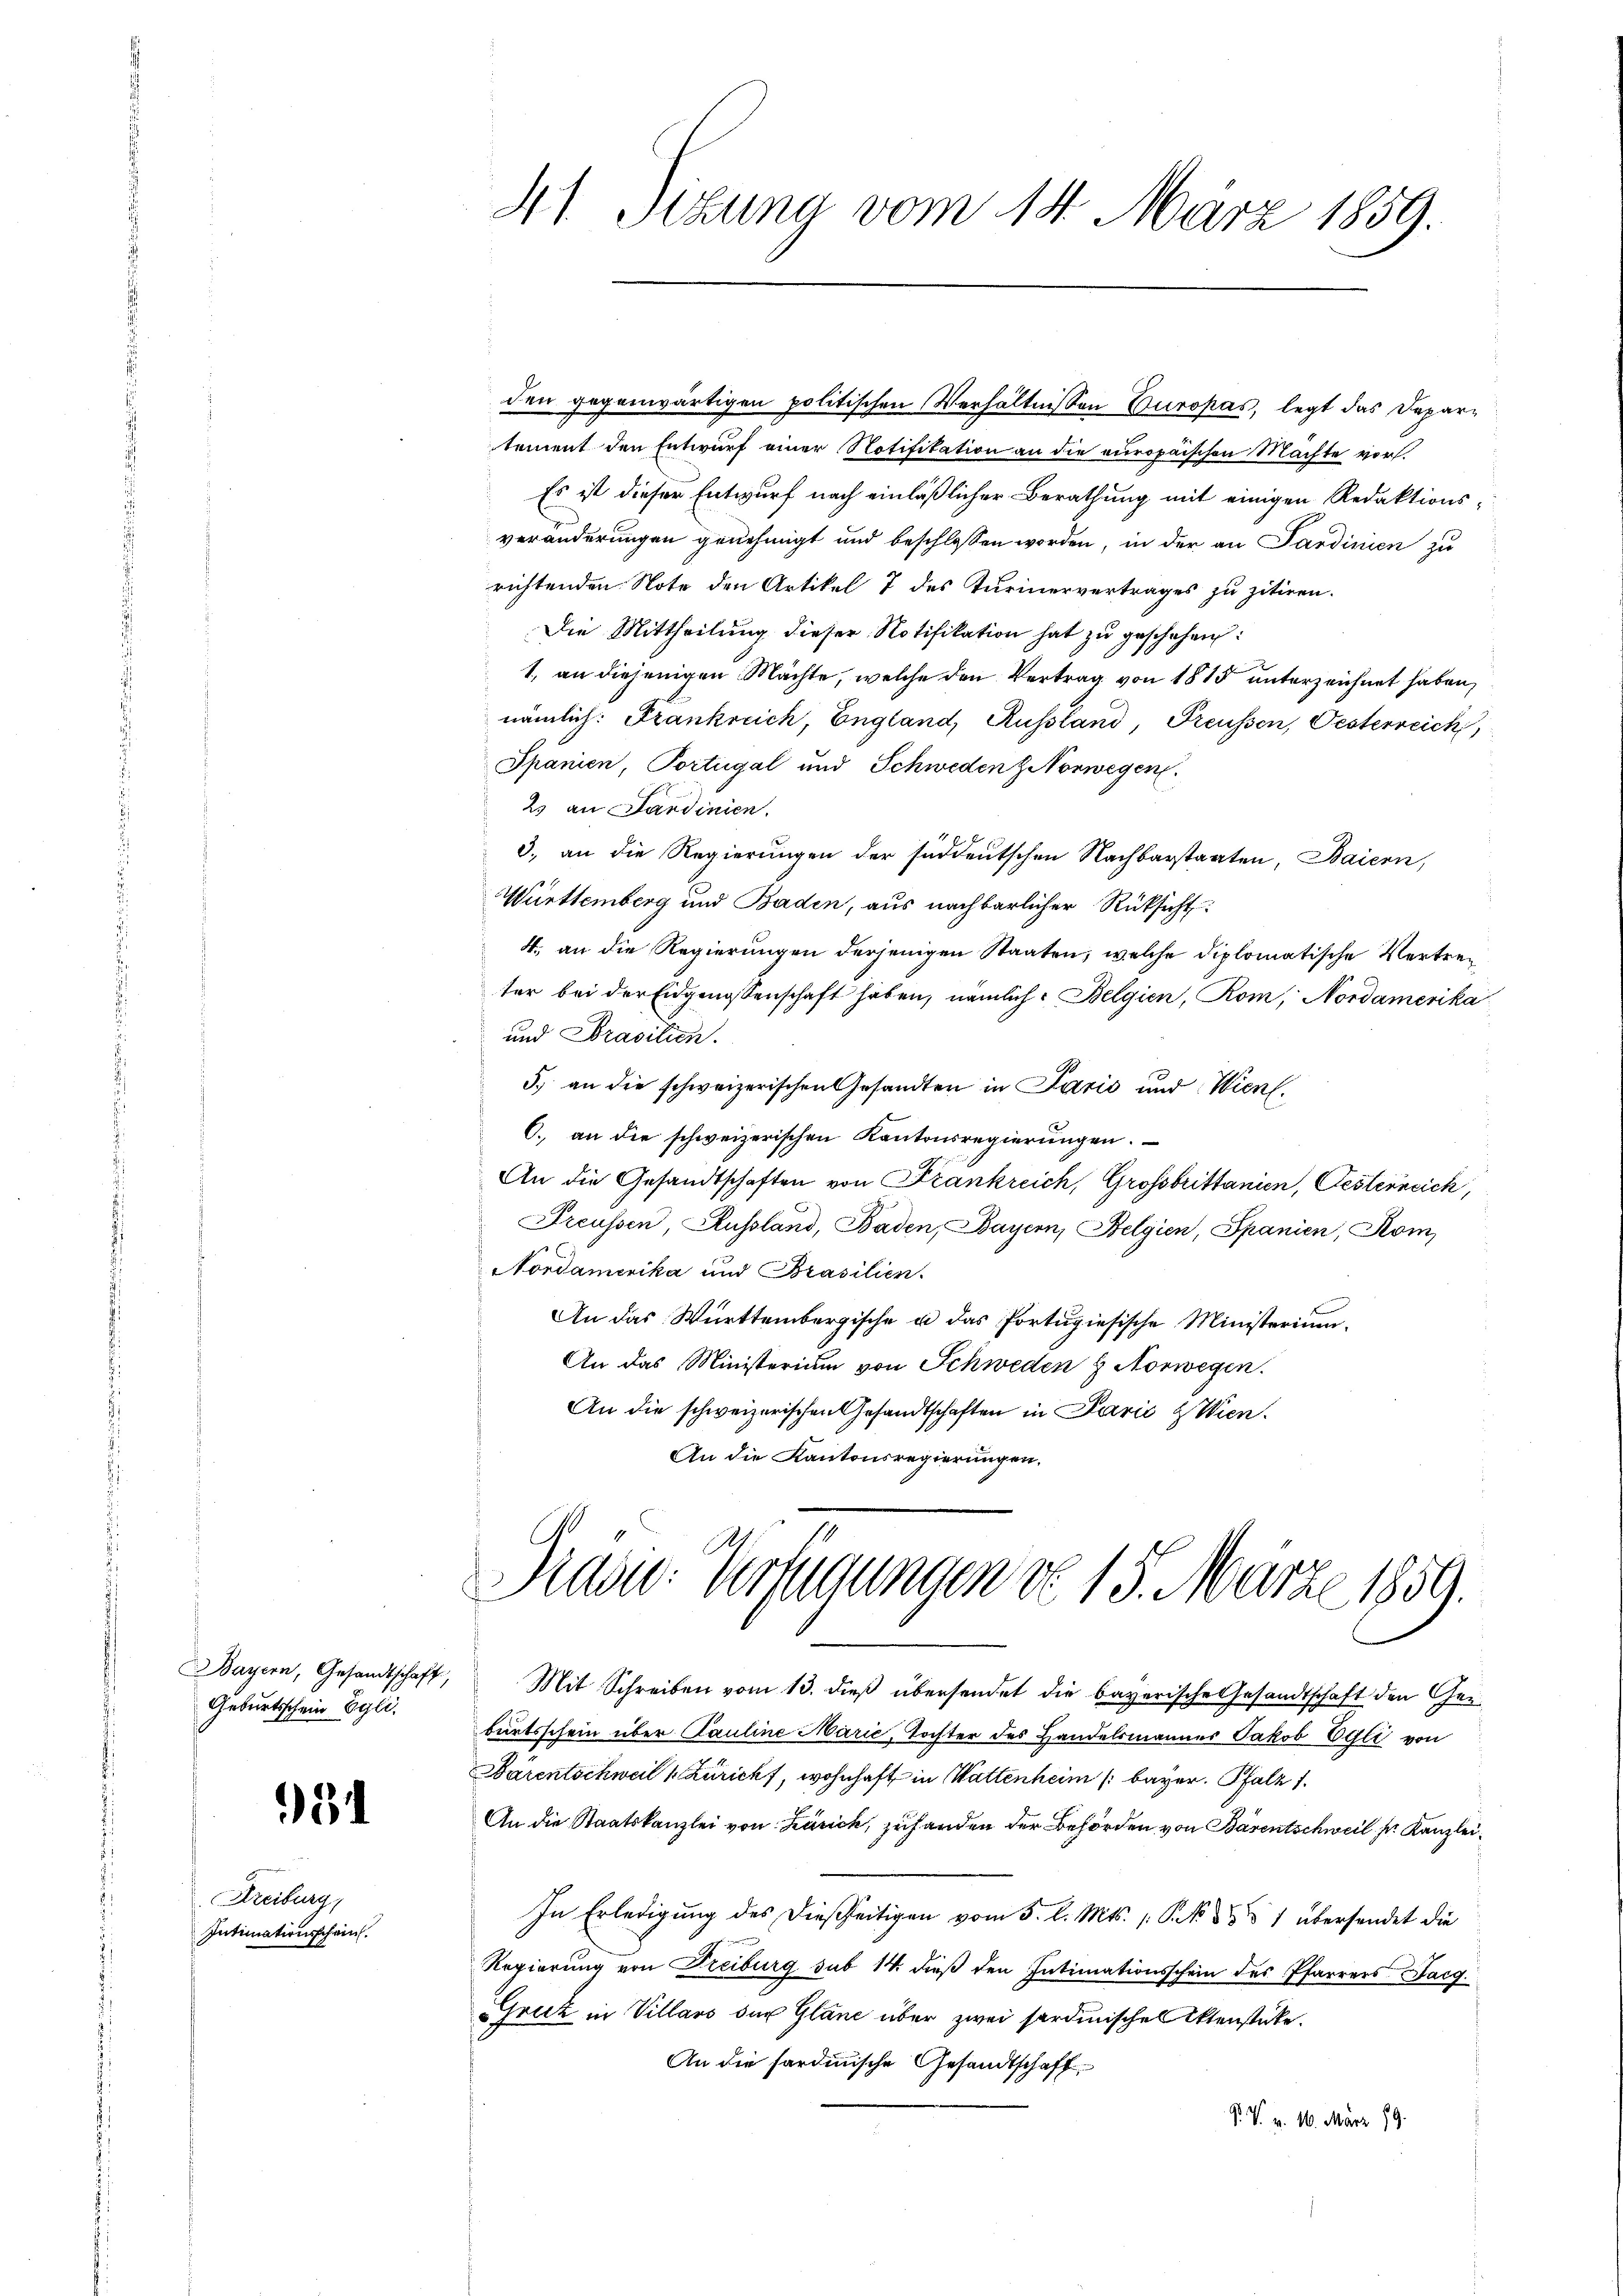
Geburtsschein Egli.

3

Freiburg,
Intimationsschein.

41. Setzung vom 14. März 1859.

den gegenwärtigen politischen Verhältnissen Europas, legt das Departement den Entwurf einer Notifikation an die europaischen Mächte vor.
Es ist dieser Entwurf nach einläßlicher Berathung mit einigen Redaktionsveränderungen genehmigt und beschlossen worden, in der an Sardinien zu
richtenden Note den Artikel 7 des Turinervertrages zu zitiren.
Die Mittheilung dieser Notifikation hat zu geschehen:
2
1. an diejenigen Mächte, welche den Vertrag von 1815 unterzeichnet haben,
nämlich: Frankreich, England, Russland, Preussen, Oesterreich
Spanien, Portugal und Schweden Norwegen.
2. an Sardinien.
3. an die Regierungen der süddeutschen Nachbarstaaten, Baiern,
Württemberg und Baden, aus nachbarlicher Rücksicht
4., an die Regierungen derjenigen Staaten, welche diplomatische Vertreter bei der Eidgenossenschaft haben, nämlich Belgien, Rom, Nordamerika
und Brasilien.
5) an die schweizerischen Gesandten in Paris und Wien.
C. an die schweizerischen Kantonsregierungen.
An die Gesandtschaften von Frankreich, Grossbrittanien, Festerneich,
Preussen, Russland, Baden, Bayern, Belgien, Spanien, Kom
Nordamerika und Brasilien.
An das Württembergische u das Portugiesische Ministerium.
An das Ministerium von Schweden 8. Norwegen.
An die schweizerischen Gesandtschaften in Parić & Wien.
An die Kantonsregierungen.

Pradw. Verfügungen d. 15. März 1859.

Bayern, Gesandtschaft, Mit Schreiben vom 13. dieβ übersendet die bayerische Gesandtschaft den Ger-
burtsschein über Pauline Marić, Tochter des Handelsmannes Jakob Egli von
Bärentschweil v. Züricht, wohnhaft in Wattenheim (Bayer. Pfalz 1.
An die Staatskanzlei von Zürich, zuhanden der Behörden von Bärentschweil der Kanzlei¬
In Erledigung des dießseitigen vom 5. d. Mts. (: P. N. 3 & 1 übersendet die
Regierung von Freiburg sub 14. dieß den Intimationsschein des Pfarrers Facg
Gruz in Villars der Gläne über zwei sardinischen Aktenstücke.
An die sardinische Gesandtschaft
P. V. v. 10. März 19